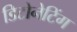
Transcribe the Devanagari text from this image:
डिटोनेटिंग